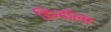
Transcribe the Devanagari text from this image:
हिन्डोला